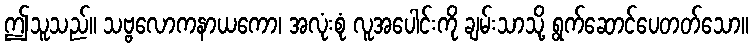
ဤသူသည်။ သဗ္ဗလောကနာယကော၊ အလုံးစုံ လူအပေါင်းကို ချမ်းသာသို့ ရွက်ဆောင်ပေတတ်သော။